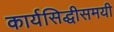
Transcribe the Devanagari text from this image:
कार्यसिद्धीसमयी